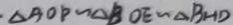
\Delta A O P \sim \Delta B O E \sim \Delta B H D